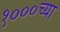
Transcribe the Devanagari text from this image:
१०००च्या